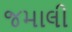
જમાલી